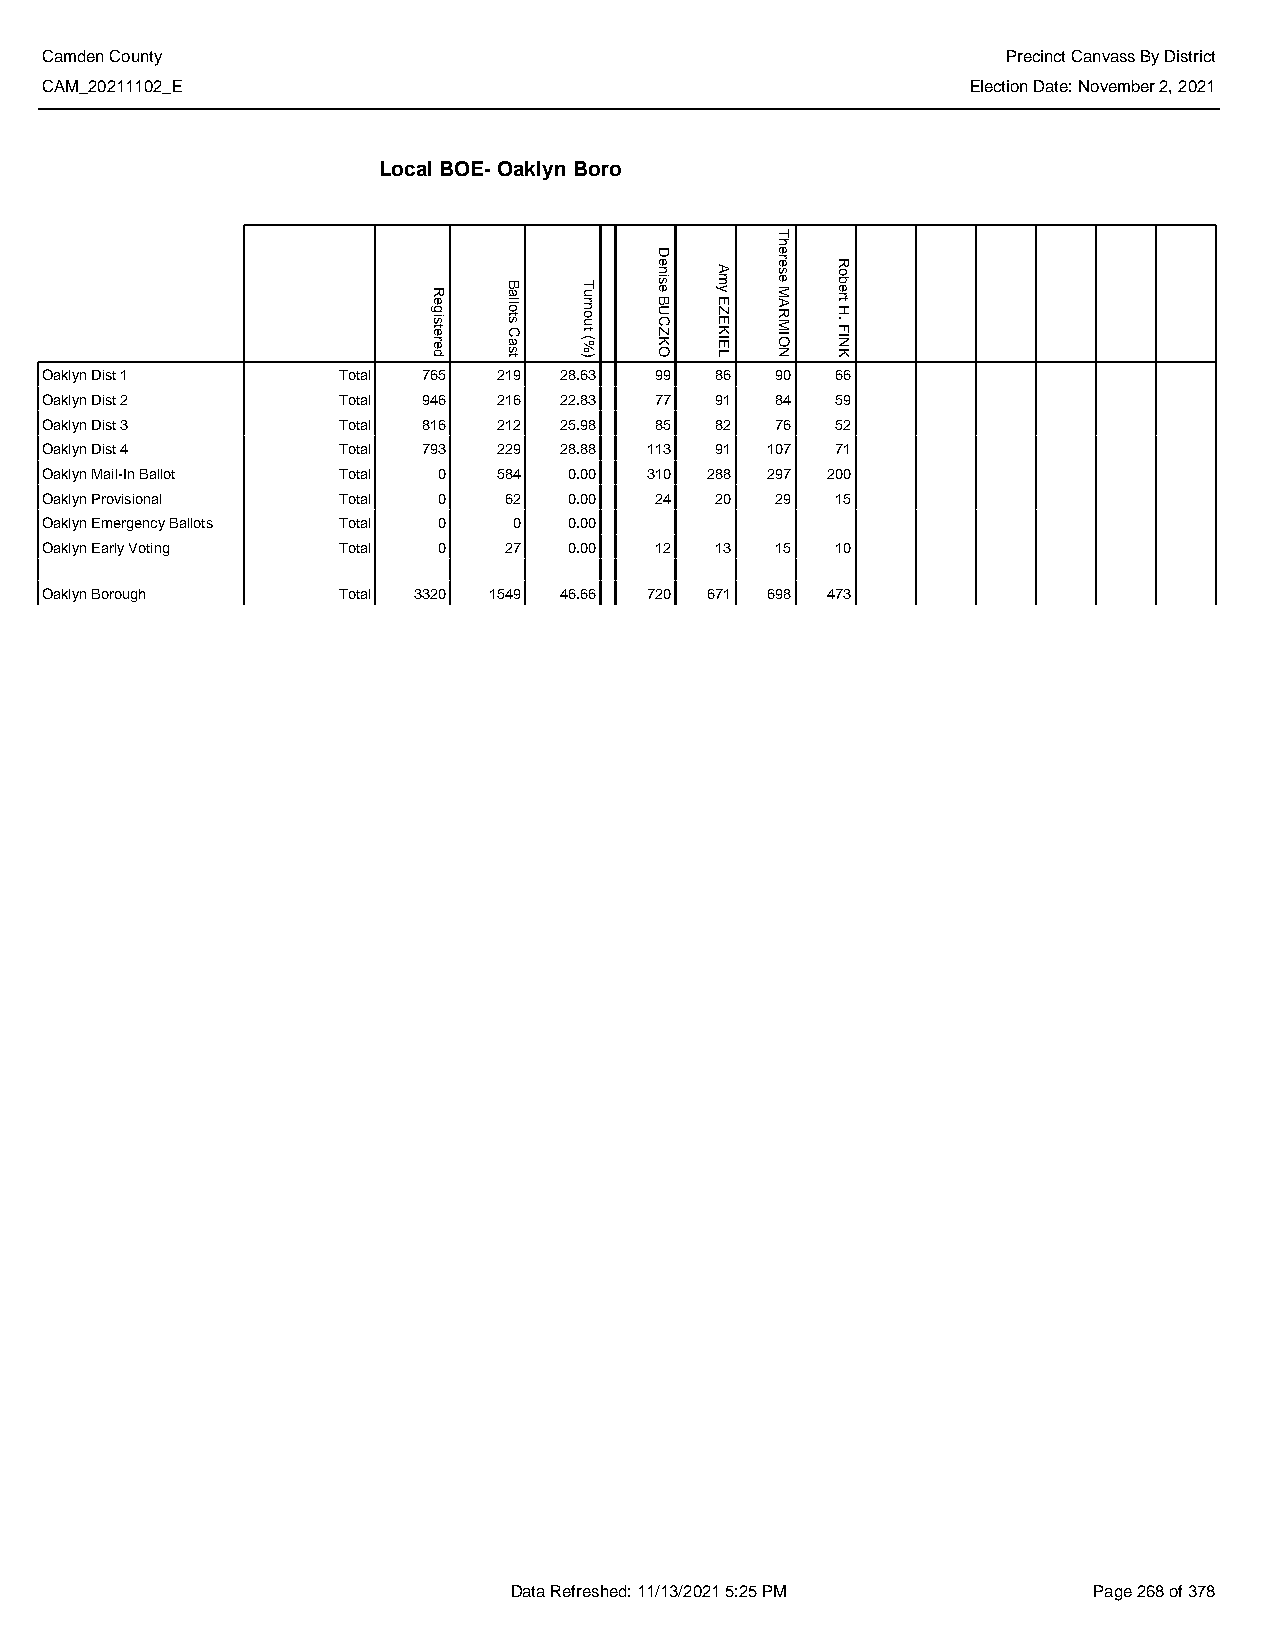
Camden County                                                   Precinct Canvass By District
 CAM_20211102_E                                               Election Date: November 2, 2021
 Local BOE- Oaklyn Boro
 Oaklyn Dist 1      Total 765  219 28.63 99  86  90  66
 Oaklyn Dist 2      Total 946  216 22.83 77  91  84  59
 Oaklyn Dist 3      Total 816  212 25.98 85  82  76  52
 Oaklyn Dist 4      Total 793  229 28.88 113 91  107 71
 Oaklyn Mail-In Ballot Total 0 584  0.00 310 288 297 200
 Oaklyn Provisional Total  0   62   0.00 24  20  29  15
 Oaklyn Emergency Ballots Total 0 0 0.00
 Oaklyn Early Voting Total 0   27   0.00 12  13  15  10
 Oaklyn Borough     Total 3320 1549 46.66 720 671 698 473
 Data Refreshed: 11/13/2021 5:25 PM    Page 268 of 378
 Registered
 Ballots
 Cast
 Turnout
 (%)
 Denise
 BUCZKO
 Amy
 EZEKIEL
 Therese
 MARMION
 Robert
 H.
 FINK